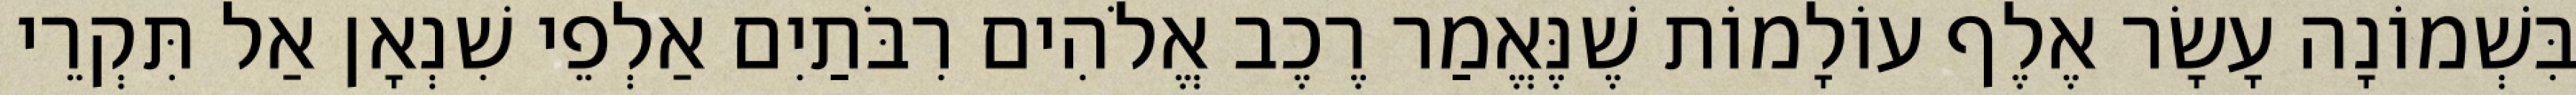
בִּשְׁמוֹנָה עָשָׂר אֶלֶף עוֹלָמוֹת שֶׁנֶּאֱמַר רֶכֶב אֱלֹהִים רִבֹּתַיִם אַלְפֵי שִׁנְאָן אַל תִּקְרֵי